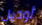
أوديل